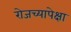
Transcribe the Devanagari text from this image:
रोजच्यापेक्षा